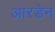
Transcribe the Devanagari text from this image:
आरडेन